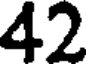
42